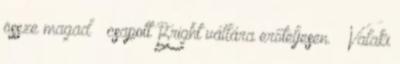
össze magad – csapott Bright vállára erőteljesen. – Valaki